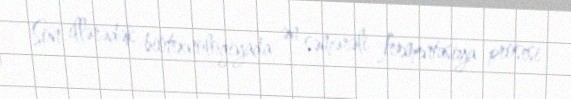
Son illərədək biotexnologiyada ən səmərəli fermentasiya prosesi